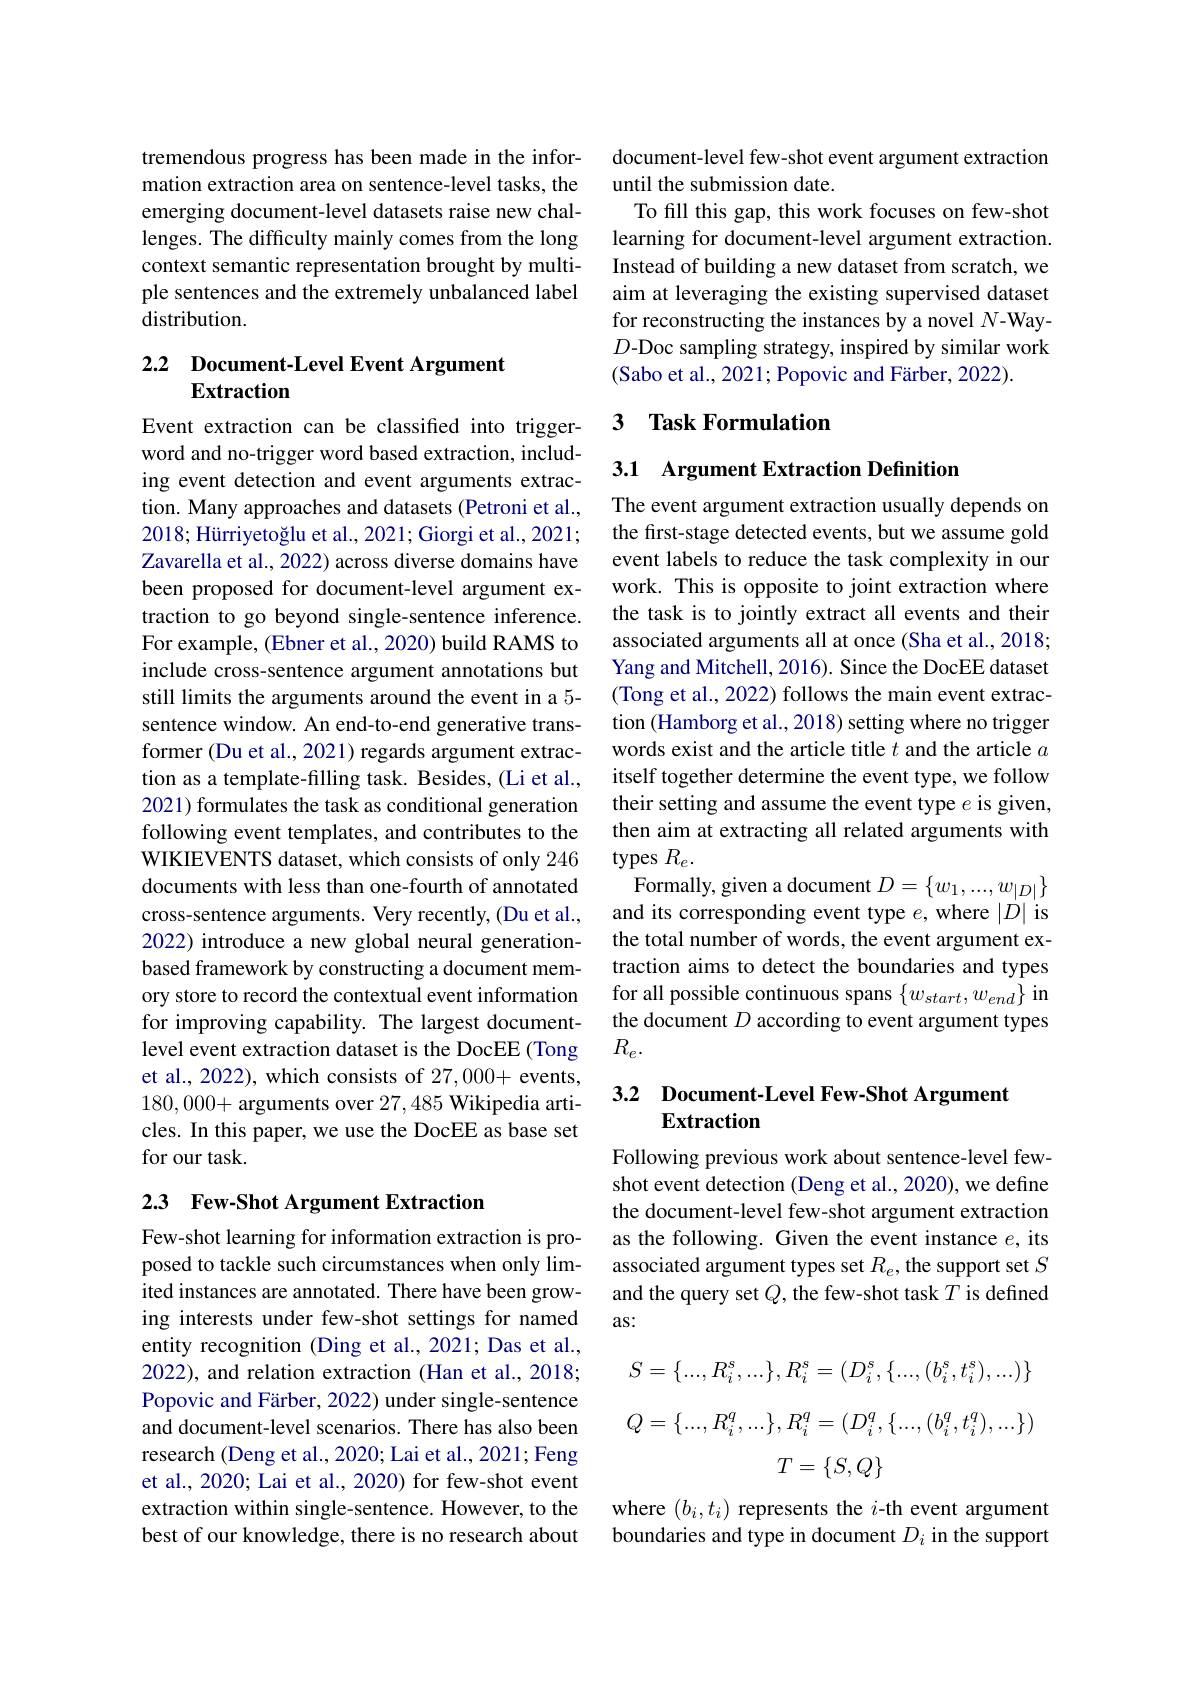
tremendous progress has been made in the information extraction area on sentence-level tasks, the emerging document-level datasets raise new challenges. The difficulty mainly comes from the long context semantic representation brought by multiple sentences and the extremely unbalanced label distribution.

### 2.2 Document-Level Event Argument Extraction

Event extraction can be classified into triggerword and no-trigger word based extraction, including event detection and event arguments extraction. Many approaches and datasets (Petroni et al., 2018; Hürriyetoğlu et al., 2021; Giorgi et al., 2021; Zavarella et al., 2022) across diverse domains have been proposed for document-level argument extraction to go beyond single-sentence inference. For example, (Ebner et al., 2020) build RAMS to include cross-sentence argument annotations but still limits the arguments around the event in a 5- sentence window. An end-to-end generative transformer (Du et al., 2021) regards argument extraction as a template-filling task. Besides, (Li et al. 2021) formulates the task as conditional generation following event templates, and contributes to the WIKIEVENTS dataset, which consists of only 246 documents with less than one-fourth of annotated cross-sentence arguments. Very recently, (Du et al., 2022) introduce a new global neural generationbased framework by constructing a document memory store to record the contextual event information for improving capability. The largest documentlevel event extraction dataset is the DocEE (Tong et al., 2022), which consists of 27,000+ events, 180,000+ arguments over 27,485 Wikipedia articles. In this paper, we use the DocEE as base set for our task.

## 2.3 Few-Shot Argument Extraction

Few-shot learning for information extraction is proposed to tackle such circumstances when only limited instances are annotated. There have been growing interests under few-shot settings for named entity recognition (Ding et al., 2021; Das et al., 2022), and relation extraction (Han et al., 2018; Popovic and Färber, 2022) under single-sentence and document-level scenarios. There has also been research (Deng et al., 2020; Lai et al., 2021; Feng et al., 2020; Lai et al., 2020) for few-shot event extraction within single-sentence. However, to the best of our knowledge, there is no research about

document-level few-shot event argument extraction
until the submission date.
To fill this gap, this work focuses on few-shot learning for document-level argument extraction. Instead of building a new dataset from scratch, we aim at leveraging the existing supervised dataset for reconstructing the instances by a novel $N$-Way- $D$-Doc sampling strategy, inspired by similar work (Sabo et al., 2021; Popovic and Färber, 2022).

## 3 Task Formulation

## 3.1 Argument Extraction Definition

The event argument extraction usually depends on the first-stage detected events, but we assume gold event labels to reduce the task complexity in our work. This is opposite to joint extraction where the task is to jointly extract all events and their associated arguments all at once (Sha et al., 2018; Yang and Mitchell, 2016). Since the DocEE dataset (Tong et al., 2022) follows the main event extraction (Hamborg et al., 2018) setting where no trigger words exist and the article title $t$ and the article $a$ itself together determine the event type, we follow their setting and assume the event type $e$ is given, then aim at extracting all related arguments with types $R_e.$
Formally, given a document $D=\{w_1,...,w_{|D|}\}$ and its corresponding event type $e$,where $|D|$ is the total number of words, the event argument extraction aims to detect the boundaries and types for all possible continuous spans $\{w_{start},w_{end}\}$ in the document $D$ according to event argument types $R_e.$

## 3.2 Document-Level Few-Shot Argument Extraction

Following previous work about sentence-level fewshot event detection (Deng et al., 2020), we define the document-level few-shot argument extraction as the following. Given the event instance $e$, its associated argument types set $R_e$, the support set $S$ and the query set $Q$, the few-shot task $T$ is defined as:
$$S=\{...,R_i^s,...\},R_i^s=(D_i^s,\{...,(b_i^s,t_i^s),...)\}$$
$$Q=\{...,R_i^q,...\},R_i^q=(D_i^q,\{...,(b_i^q,t_i^q),...\})$$
$$T=\{S,Q\}$$
where $(b_i,t_i)$ represents the $i$-th event argument boundaries and type in document $D_i$ in the support